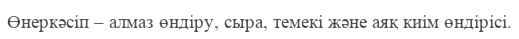
Өнеркәсіп – алмаз өндіру, сыра, темекі және аяқ киім өндірісі.